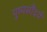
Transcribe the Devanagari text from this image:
पुष्पसौंदर्य